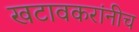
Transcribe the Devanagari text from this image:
खटावकरांनीच